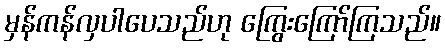
မှန်ကန်လှပါပေသည်ဟု ကြွေးကြော်ကြသည်။